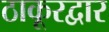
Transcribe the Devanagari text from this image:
ठाकूरद्वार